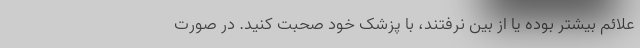
علائم بیشتر بوده یا از بین نرفتند، با پزشک خود صحبت کنید. در صورت